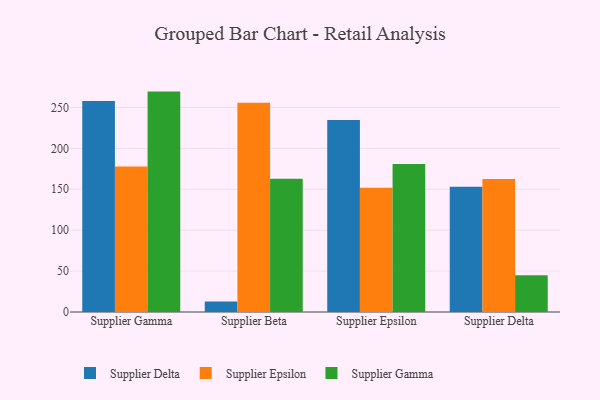
{"axis": {"x": "Supplier", "y": "Net Income (USD K)"}, "legend": ["Supplier Delta", "Supplier Epsilon", "Supplier Gamma"], "data": [{"x": "Supplier Gamma", "y": 257.9, "type": "Supplier Delta"}, {"x": "Supplier Gamma", "y": 177.8, "type": "Supplier Epsilon"}, {"x": "Supplier Gamma", "y": 269.4, "type": "Supplier Gamma"}, {"x": "Supplier Beta", "y": 12.7, "type": "Supplier Delta"}, {"x": "Supplier Beta", "y": 255.7, "type": "Supplier Epsilon"}, {"x": "Supplier Beta", "y": 163.0, "type": "Supplier Gamma"}, {"x": "Supplier Epsilon", "y": 234.8, "type": "Supplier Delta"}, {"x": "Supplier Epsilon", "y": 152.0, "type": "Supplier Epsilon"}, {"x": "Supplier Epsilon", "y": 180.9, "type": "Supplier Gamma"}, {"x": "Supplier Delta", "y": 153.1, "type": "Supplier Delta"}, {"x": "Supplier Delta", "y": 162.7, "type": "Supplier Epsilon"}, {"x": "Supplier Delta", "y": 44.9, "type": "Supplier Gamma"}]}